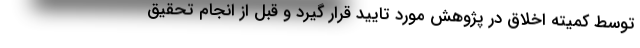
توسط کمیته اخلاق در پژوهش مورد تایید قرار گیرد و قبل از انجام تحقیق